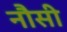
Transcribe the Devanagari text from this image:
नौसी